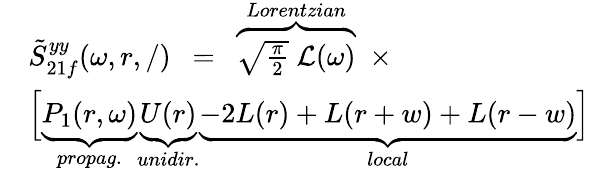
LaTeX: \begin{array}{rl}&{\tilde{S}_{21f}^{yy}(\omega,r,/)~~=~~\overbrace{\sqrt{\frac\pi 2}~\mathcal{L}(\omega)}^{Lorentzian}~~\times}\\ &{\Big[\underbrace{P_{1}(r,\omega)}_{propag.}\underbrace{U(r)}_{unidir.}\underbrace{-2L(r)+L(r+w)+L(r-w)}_{local}\Big]}\end{array}